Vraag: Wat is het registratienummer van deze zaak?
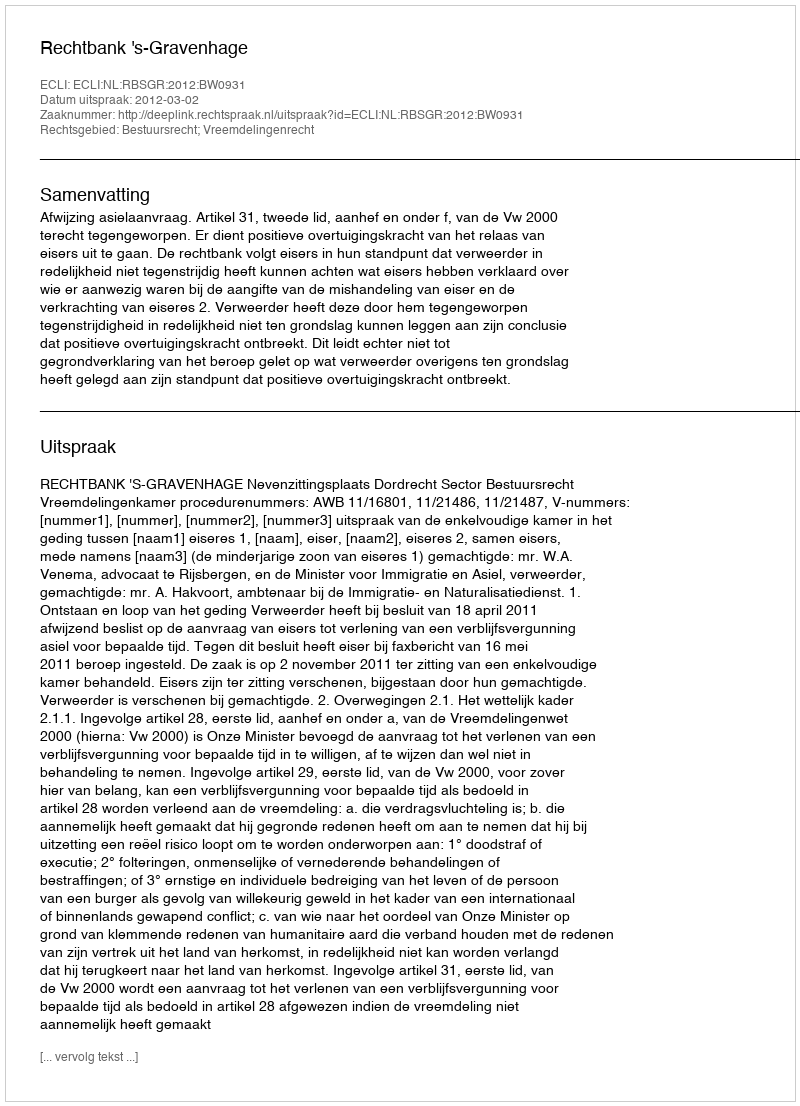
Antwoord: http://deeplink.rechtspraak.nl/uitspraak?id=ECLI:NL:RBSGR:2012:BW0931